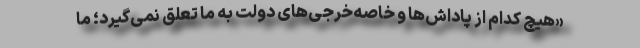
«هیچ کدام از پاداش‌ها و خاصه‌خرجی‌های دولت به ما تعلق نمی‌گیرد؛ ما